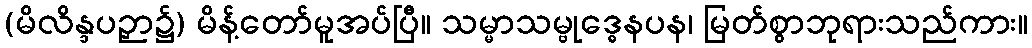
(မိလိန္ဒပဉှာ၌) မိန့်တော်မူအပ်ပြီ။ သမ္မာသမ္ဗုဒ္ဓေနပန၊ မြတ်စွာဘုရားသည်ကား။